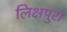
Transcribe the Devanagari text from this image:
लिक्षपुरा